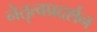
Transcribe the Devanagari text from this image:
नेतृत्वप्रदर्शन